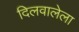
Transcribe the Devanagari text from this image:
दिलवालेला